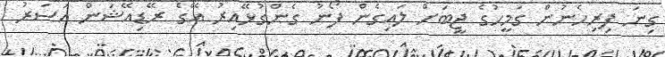
ގިނަ ފިރިހެނުން ގަމީހުގެ ޖީބަށް ލައިގެން ފޯނު ގެންގުޅޭއިރު އޭގެ ރޭޑިއޭޝަން އަސަރު